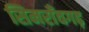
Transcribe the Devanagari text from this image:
सिमराँवगढ़